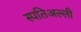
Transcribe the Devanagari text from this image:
स्पतिअल्ली